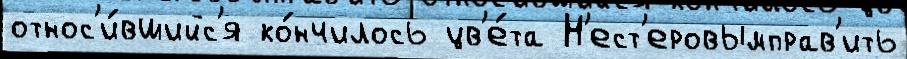
относ'и́вшийс'я ко́нчилось цв'е́та Н'ест'еровымправ'ить